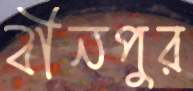
বীনপুর